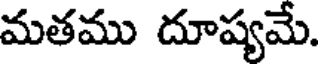
మతము దూష్యమే.